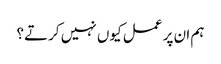
ہم ان پر عمل کیوں نہیں کرتے؟